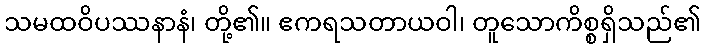
သမထဝိပဿနာနံ၊ တို့၏။ ဧကရသတာယဝါ၊ တူသောကိစ္စရှိသည်၏